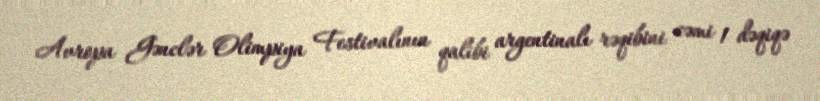
Avropa Gənclər Olimpiya Festivalının qalibi argentinalı rəqibini cəmi 1 dəqiqə